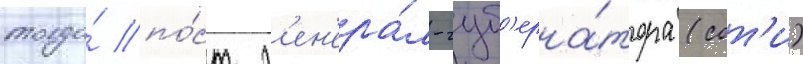
тогда́ по́ст г'ен'ера́л-губ'ерна́тора (сот'и)